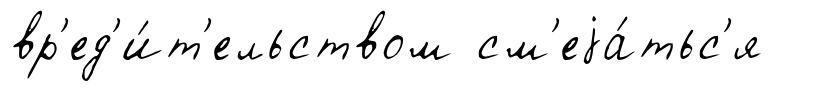
вр'ед'и́т'ельством см'еjа́тьс'я